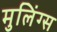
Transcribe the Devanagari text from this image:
मुलिंग्स